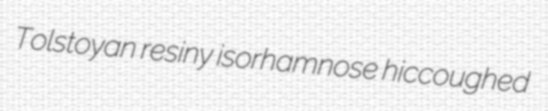
Tolstoyan resiny isorhamnose hiccoughed